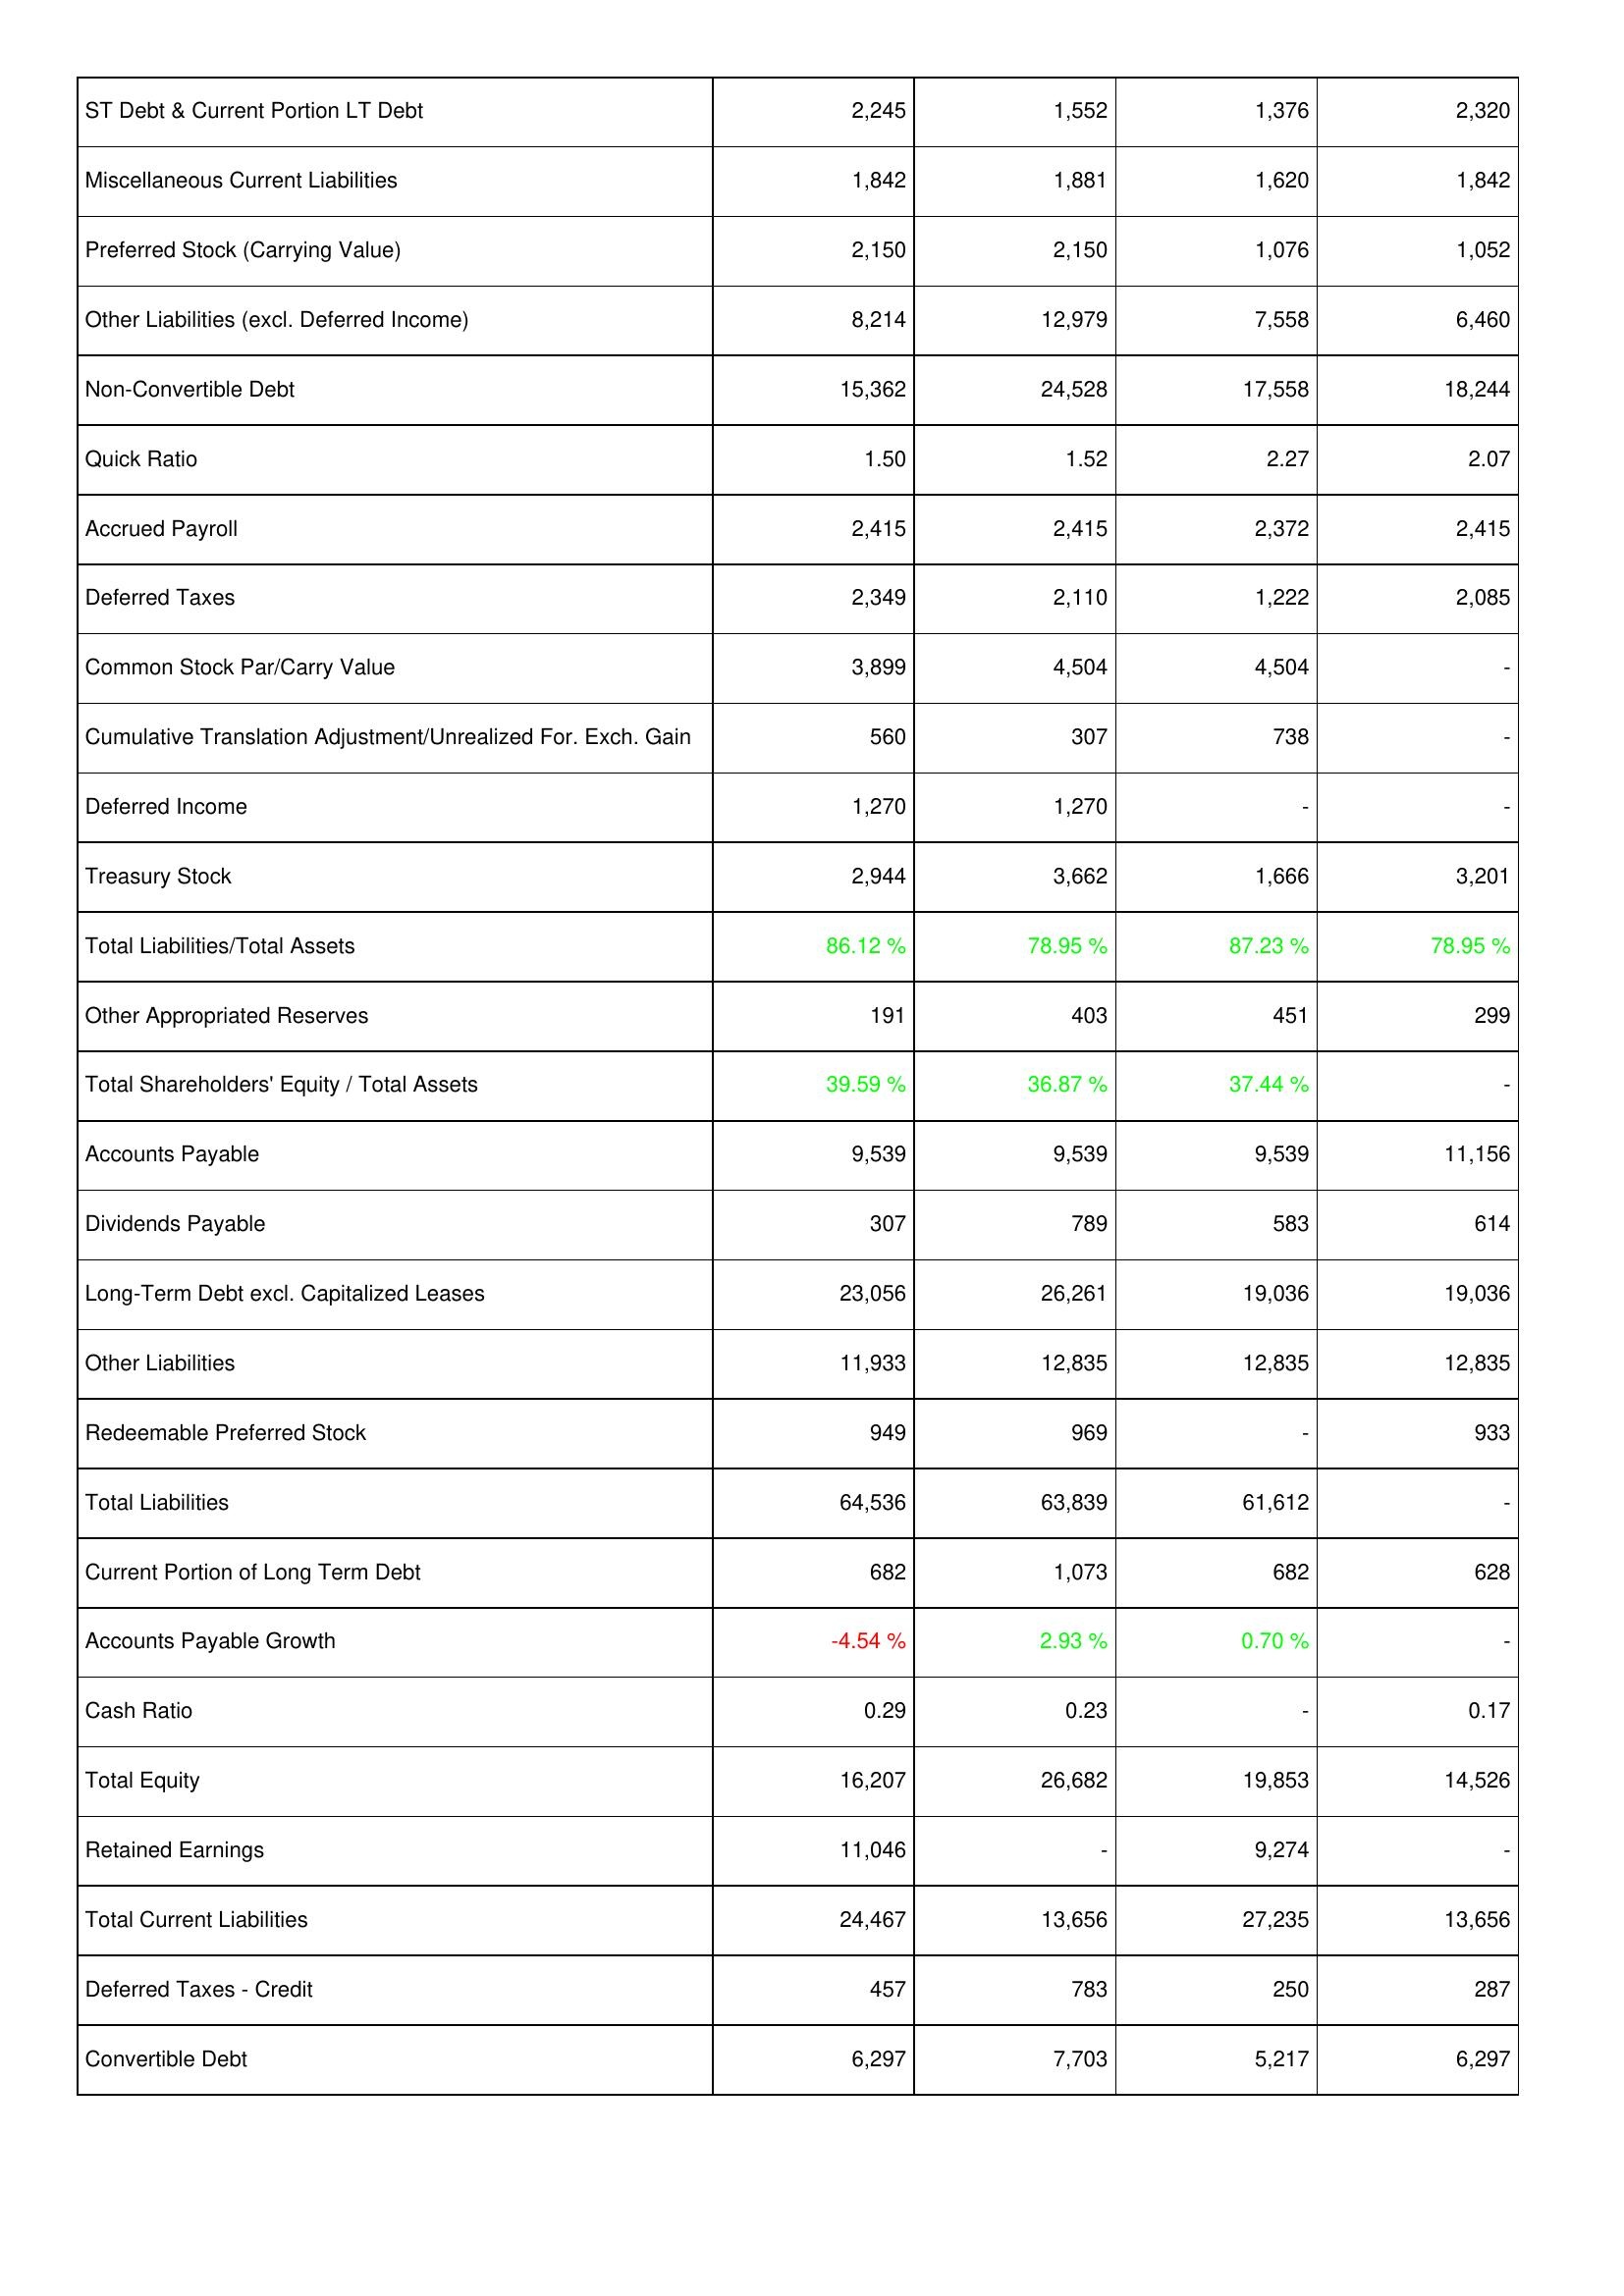
2020: Liabilities & Shareholders' Equity: ST Debt & Current Portion LT Debt: 2,245
Miscellaneous Current Liabilities: 1,842
Preferred Stock (Carrying Value): 2,150
Other Liabilities (excl. Deferred Income): 8,214
Non-Convertible Debt: 15,362
Quick Ratio: 1.50
Accrued Payroll: 2,415
Deferred Taxes: 2,349
Common Stock Par/Carry Value: 3,899
Cumulative Translation Adjustment/Unrealized For. Exch. Gain: 560
Deferred Income: 1,270
Treasury Stock: 2,944
Total Liabilities/Total Assets: 86.12 %
Other Appropriated Reserves: 191
Total Shareholders' Equity / Total Assets: 39.59 %
Accounts Payable: 9,539
Dividends Payable: 307
Long-Term Debt excl. Capitalized Leases: 23,056
Other Liabilities: 11,933
Redeemable Preferred Stock: 949
Total Liabilities: 64,536
Current Portion of Long Term Debt: 682
Accounts Payable Growth: -4.54 %
Cash Ratio: 0.29
Total Equity: 16,207
Retained Earnings: 11,046
Total Current Liabilities: 24,467
Deferred Taxes - Credit: 457
Convertible Debt: 6,297
2021: Liabilities & Shareholders' Equity: ST Debt & Current Portion LT Debt: 1,552
Miscellaneous Current Liabilities: 1,881
Preferred Stock (Carrying Value): 2,150
Other Liabilities (excl. Deferred Income): 12,979
Non-Convertible Debt: 24,528
Quick Ratio: 1.52
Accrued Payroll: 2,415
Deferred Taxes: 2,110
Common Stock Par/Carry Value: 4,504
Cumulative Translation Adjustment/Unrealized For. Exch. Gain: 307
Deferred Income: 1,270
Treasury Stock: 3,662
Total Liabilities/Total Assets: 78.95 %
Other Appropriated Reserves: 403
Total Shareholders' Equity / Total Assets: 36.87 %
Accounts Payable: 9,539
Dividends Payable: 789
Long-Term Debt excl. Capitalized Leases: 26,261
Other Liabilities: 12,835
Redeemable Preferred Stock: 969
Total Liabilities: 63,839
Current Portion of Long Term Debt: 1,073
Accounts Payable Growth: 2.93 %
Cash Ratio: 0.23
Total Equity: 26,682
Retained Earnings: -
Total Current Liabilities: 13,656
Deferred Taxes - Credit: 783
Convertible Debt: 7,703
2022: Liabilities & Shareholders' Equity: ST Debt & Current Portion LT Debt: 1,376
Miscellaneous Current Liabilities: 1,620
Preferred Stock (Carrying Value): 1,076
Other Liabilities (excl. Deferred Income): 7,558
Non-Convertible Debt: 17,558
Quick Ratio: 2.27
Accrued Payroll: 2,372
Deferred Taxes: 1,222
Common Stock Par/Carry Value: 4,504
Cumulative Translation Adjustment/Unrealized For. Exch. Gain: 738
Deferred Income: -
Treasury Stock: 1,666
Total Liabilities/Total Assets: 87.23 %
Other Appropriated Reserves: 451
Total Shareholders' Equity / Total Assets: 37.44 %
Accounts Payable: 9,539
Dividends Payable: 583
Long-Term Debt excl. Capitalized Leases: 19,036
Other Liabilities: 12,835
Redeemable Preferred Stock: -
Total Liabilities: 61,612
Current Portion of Long Term Debt: 682
Accounts Payable Growth: 0.70 %
Cash Ratio: -
Total Equity: 19,853
Retained Earnings: 9,274
Total Current Liabilities: 27,235
Deferred Taxes - Credit: 250
Convertible Debt: 5,217
2023: Liabilities & Shareholders' Equity: ST Debt & Current Portion LT Debt: 2,320
Miscellaneous Current Liabilities: 1,842
Preferred Stock (Carrying Value): 1,052
Other Liabilities (excl. Deferred Income): 6,460
Non-Convertible Debt: 18,244
Quick Ratio: 2.07
Accrued Payroll: 2,415
Deferred Taxes: 2,085
Common Stock Par/Carry Value: -
Cumulative Translation Adjustment/Unrealized For. Exch. Gain: -
Deferred Income: -
Treasury Stock: 3,201
Total Liabilities/Total Assets: 78.95 %
Other Appropriated Reserves: 299
Total Shareholders' Equity / Total Assets: -
Accounts Payable: 11,156
Dividends Payable: 614
Long-Term Debt excl. Capitalized Leases: 19,036
Other Liabilities: 12,835
Redeemable Preferred Stock: 933
Total Liabilities: -
Current Portion of Long Term Debt: 628
Accounts Payable Growth: -
Cash Ratio: 0.17
Total Equity: 14,526
Retained Earnings: -
Total Current Liabilities: 13,656
Deferred Taxes - Credit: 287
Convertible Debt: 6,297